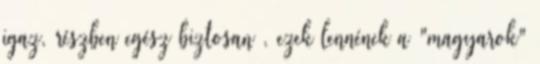
igaz, részben egész biztosan , ezek lennének a "magyarok"